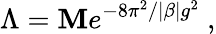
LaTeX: \Lambda=\mathbf{M}e^{-8\pi^{2}/|\beta|g^{2}}\ ,